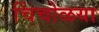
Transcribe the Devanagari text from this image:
चिंचोळया